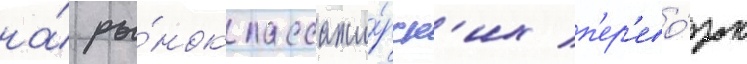
на́ ры́нок пассажи́рск'их п'ер'ево́зок